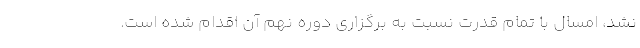
نشد، امسال با تمام قدرت نسبت به برگزاری دوره نهم آن اقدام شده است.